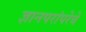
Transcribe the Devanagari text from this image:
ज्ञानपरांपरेचे